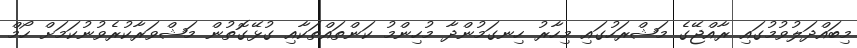
މިބައްދަލުވުމުގައި ރާއްޖޭގެ މަޝްރަހުގައި މިހާރު ހިނގަމުންދާ މުހިންމު ކަންތައްތަކާއި ގުޅޭގޮތުން މަޝްވަރާކުރެވުނުކަމަށް ހޯމް